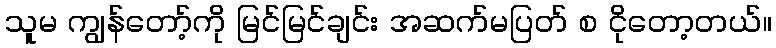
သူမ ကျွန်တော့်ကို မြင်မြင်ချင်း အဆက်မပြတ် စ ငိုတော့တယ်။